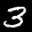
Label: 3